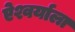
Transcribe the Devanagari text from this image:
ऐश्वर्याला